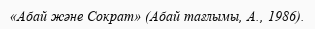
«Абай және Сократ» (Абай тағлымы, А., 1986).